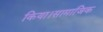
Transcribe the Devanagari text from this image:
किया।सामाजिक